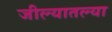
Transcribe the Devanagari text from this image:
जील्यातल्या